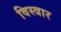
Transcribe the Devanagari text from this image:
विस्त्रार